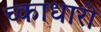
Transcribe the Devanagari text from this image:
च्काधारी